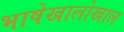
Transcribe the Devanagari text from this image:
भाषेखालोखाल